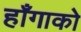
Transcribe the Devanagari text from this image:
हाँगाको